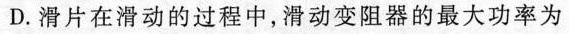
D.滑片在滑动的过程中，滑动变阻器的最大功率为